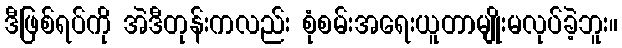
ဒီဖြစ်ရပ်ကို အဲဒီတုန်းကလည်း စုံစမ်းအရေးယူတာမျိုးမလုပ်ခဲ့ဘူး။